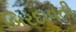
બિરદાવતી